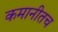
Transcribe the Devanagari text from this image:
कमानीतच